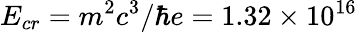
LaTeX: E_{cr}=m^{2}c^{3}/\hbar e=1.32\times 10^{16}